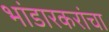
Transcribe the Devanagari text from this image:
भांडारकरांचा